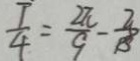
\frac { T } { 4 } = \frac { 2 \pi } { 9 } - \frac { 3 } { 1 3 }